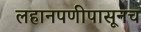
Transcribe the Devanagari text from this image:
लहानपणीपासूनच